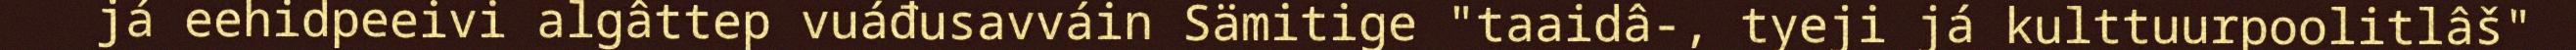
já eehidpeeivi algâttep vuáđusavváin Sämitige "taaidâ-, tyeji já kulttuurpoolitlâš"